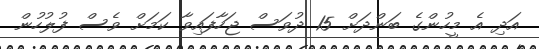
އަދި އެ މީހުންގެ ބަންދަށް 15 ދުވަސް ޖަހާފައިވާ ކަމަށް ވެސް ފުލުހުން